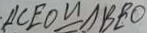
\Delta C E O \cong \Delta B E O